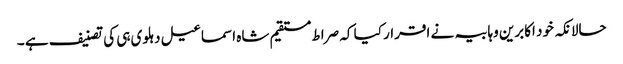
حالانکہ خود اکابرین وہابیہ نے اقرار کیا کہ صراط مستقیم شاہ اسماعیل دہلوی ہی کی تصنیف ہے ۔